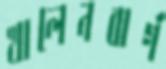
খালেনবার্গ